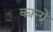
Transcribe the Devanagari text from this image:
कान्ग्रे